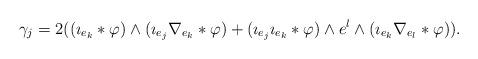
LaTeX: \begin{align*} \gamma_j = 2 ((\imath_{e_k} \ast \varphi) \wedge (\imath_{e_j} \nabla_{e_k} \ast \varphi) + (\imath_{e_j} \imath_{e_k} \ast \varphi) \wedge e^l \wedge (\imath_{e_k} \nabla_{e_l} \ast \varphi)).\end{align*}